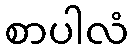
စာပါလံ